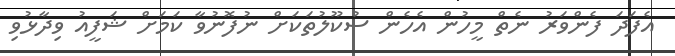
އެފަދަ ފެންވަރު ނެތް މީހުން އެހެން ސުކޫލުތަކަށް ނުފޮނުވާ ކަމަށް ޝަފީއު ވިދާޅުވި